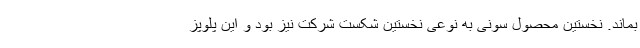
بماند. نخستین محصول سونی به نوعی نخستین شکست شرکت نیز بود و این پلوپز